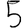
Digit: 5